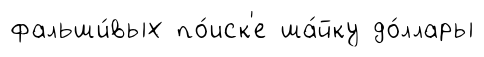
фальши́вых по́иск'е ша́йку до́ллары